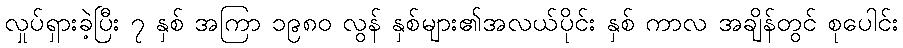
လှုပ်ရှားခဲ့ပြီး ၇ နှစ် အကြာ ၁၉၈၀ လွန် နှစ်များ၏အလယ်ပိုင်း နှစ် ကာလ အချိန်တွင် စုပေါင်း